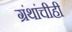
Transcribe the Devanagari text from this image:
ग्रंथांचीही